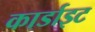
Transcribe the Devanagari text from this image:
कार्डाइट